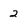
Character: 2